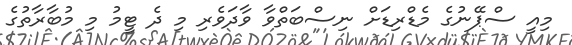
މިއީ ސްޕޭނުގެ މެޑްރިޑަށް ނިސްބަތްވާ ވާދަވެރި މި ދެ ޓީމު މި މުބާރާތުގެ